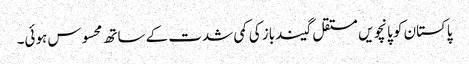
پاکستان کو پانچویں مستقل گیندباز کی کمی شدت کے ساتھ محسوس ہوئی۔